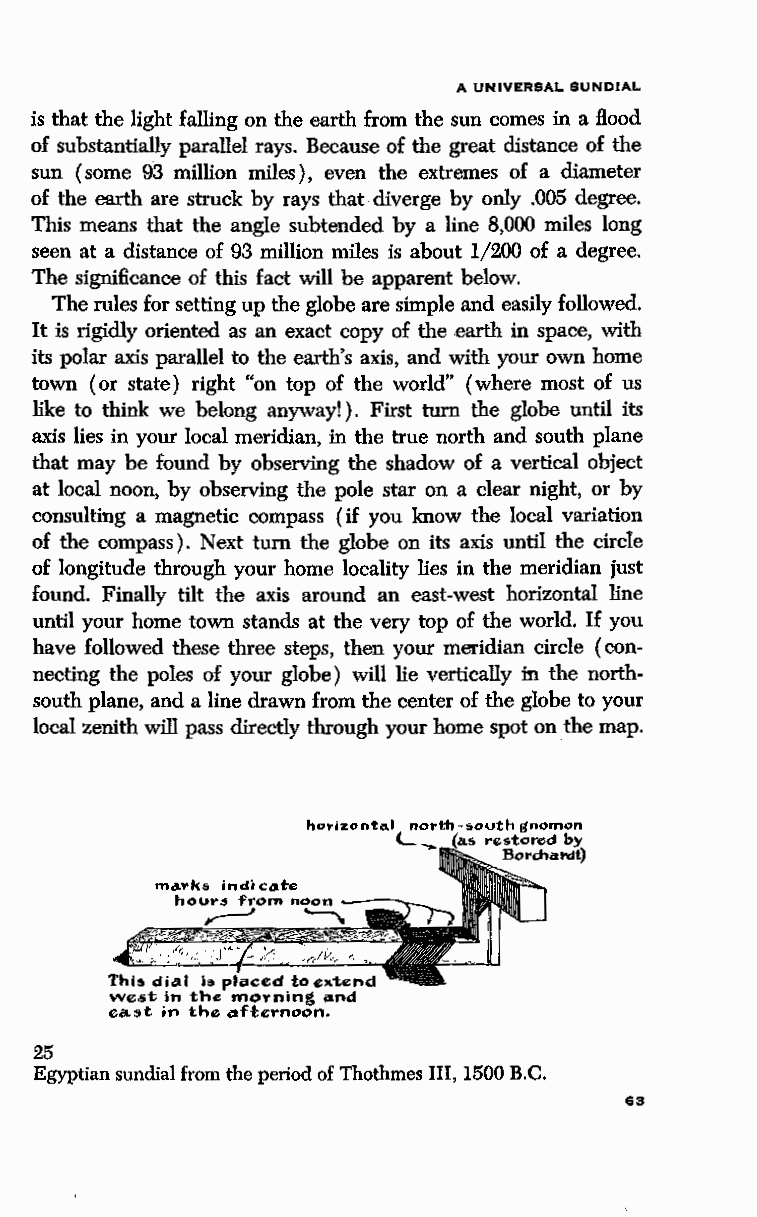
A UNIVERSAL SUNDIAL
 is that the light falling on the earth from the sun comes in a flood
 of substantially parallel rays. Because of the great distance of the
 sun (some 93 million miles), even the extremes of a diameter
 of the earth are struck by rays that diverge by only .005 degree.
 This means that the angle subtended by a line 8,000 miles long
 seen at a distance of 93 million miles is about 1/200 of a degree.
 The significance of this fact will be apparent below.
 The rules for setting up the globe are simple and easily followed.
 It is rigidly oriented as an exact copy of the earth in space, with
 its polar axis parallel to the earth's axis, and with your own home
 town (or state) right "on top of the world" (where most of us
 like to think we belong anyway! ) . First turn the globe until its
 axis lies in your local meridian, in the true north and south plane
 that may be found by observing the shadow of a vertical object
 at local noon, by observing the pole star on a clear night, or by
 consulting a magnetic compass (if you know the local variation
 of the compass). Next turn the globe on its axis until the circle
 of longitude through your home locality lies in the meridian just
 found. Finally tilt the axis around an east-west horizontal line
 until your home town stands at the very top of the world. If you
 have followed these three steps, then your meridian circle (con
 necting the poles of your globe) will lie vertically in the north
 south plane, and a line drawn from the center of the globe to your
 local zenith will pass directly through your home spot on the map.
 horizonto.l north-s.outh gnomon
 L...,. restored by
 Bordlal'dt)
 25
 Egyptian sundial from the period of Thothmes III, 1500 B.C.
 63